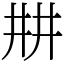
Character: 㐩